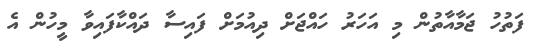
ފަތުހު ޖަމާއާތުން މި އަހަރު ހައްޖަށް ދިއުމަށް ފައިސާ ދައްކާފައިވާ މީހުން އެ